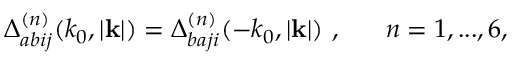
\Delta _ { a b i j } ^ { ( n ) } ( k _ { 0 } , | { \bf k } | ) = \Delta _ { b a j i } ^ { ( n ) } ( - k _ { 0 } , | { \bf k } | ) \ , ~ ~ ~ ~ ~ n = 1 , . . . , 6 ,